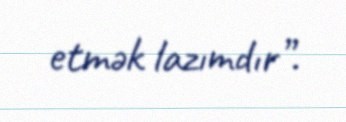
etmək lazımdır”.